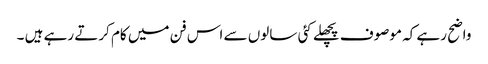
واضح رہے کہ موصوف پچھلے کئی سالوں سے اس فن میں کام کرتے رہے ہیں ۔